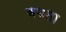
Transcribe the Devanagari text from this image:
बधता